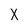
Character: X